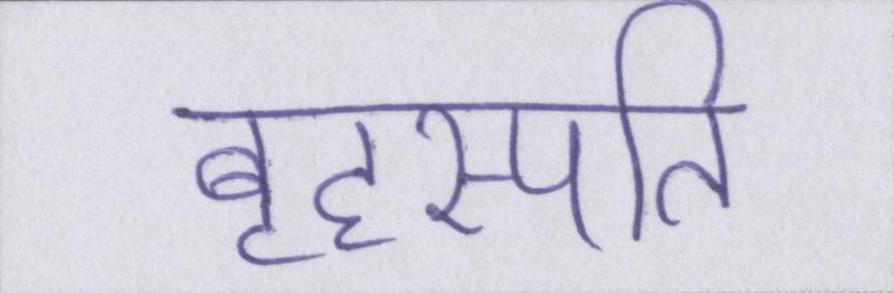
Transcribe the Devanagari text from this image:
बृहस्पति